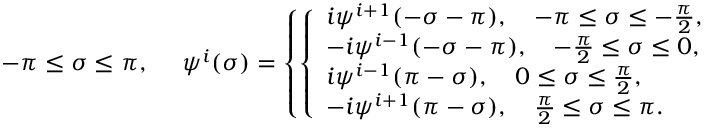
- \pi \leq \sigma \leq \pi , ~ ~ ~ ~ \psi ^ { i } ( \sigma ) = \left\{ \left\{ \begin{array} { l l } { { i \psi ^ { i + 1 } ( - \sigma - \pi ) , \quad - \pi \leq \sigma \leq - \frac { \pi } { 2 } , } } \\ { { - i \psi ^ { i - 1 } ( - \sigma - \pi ) , \quad - \frac { \pi } { 2 } \leq \sigma \leq 0 , } } \\ { { i \psi ^ { i - 1 } ( \pi - \sigma ) , \quad 0 \leq \sigma \leq \frac { \pi } { 2 } , } } \\ { { - i \psi ^ { i + 1 } ( \pi - \sigma ) , \quad \frac { \pi } { 2 } \leq \sigma \leq \pi . } } \end{array} \right. \right.